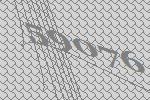
59076